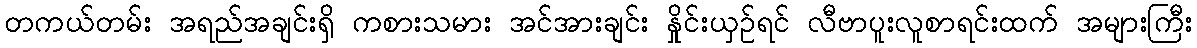
တကယ်တမ်း အရည်အချင်းရှိ ကစားသမား အင်အားချင်း နှိုင်းယှဉ်ရင် လီဗာပူးလူစာရင်းထက် အများကြီး